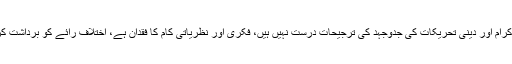
ہماری طرح حضرت الشیخ مدظلہ بھی اسی امر کے شاکی ہیں کہ عالم اسلام کے مذہبی حلقوں، علماء کرام اور دینی تحریکات کی جدوجہد کی ترجیحات درست نہیں ہیں، فکری اور نظریاتی کام کا فقدان ہے، اختلاف رائے کو برداشت کرنے کا ذوق کم ہوتا جا رہا ہے اور باہمی ارتباط و مشاورت کی ضرورت کا احساس موجود نہیں ہے۔